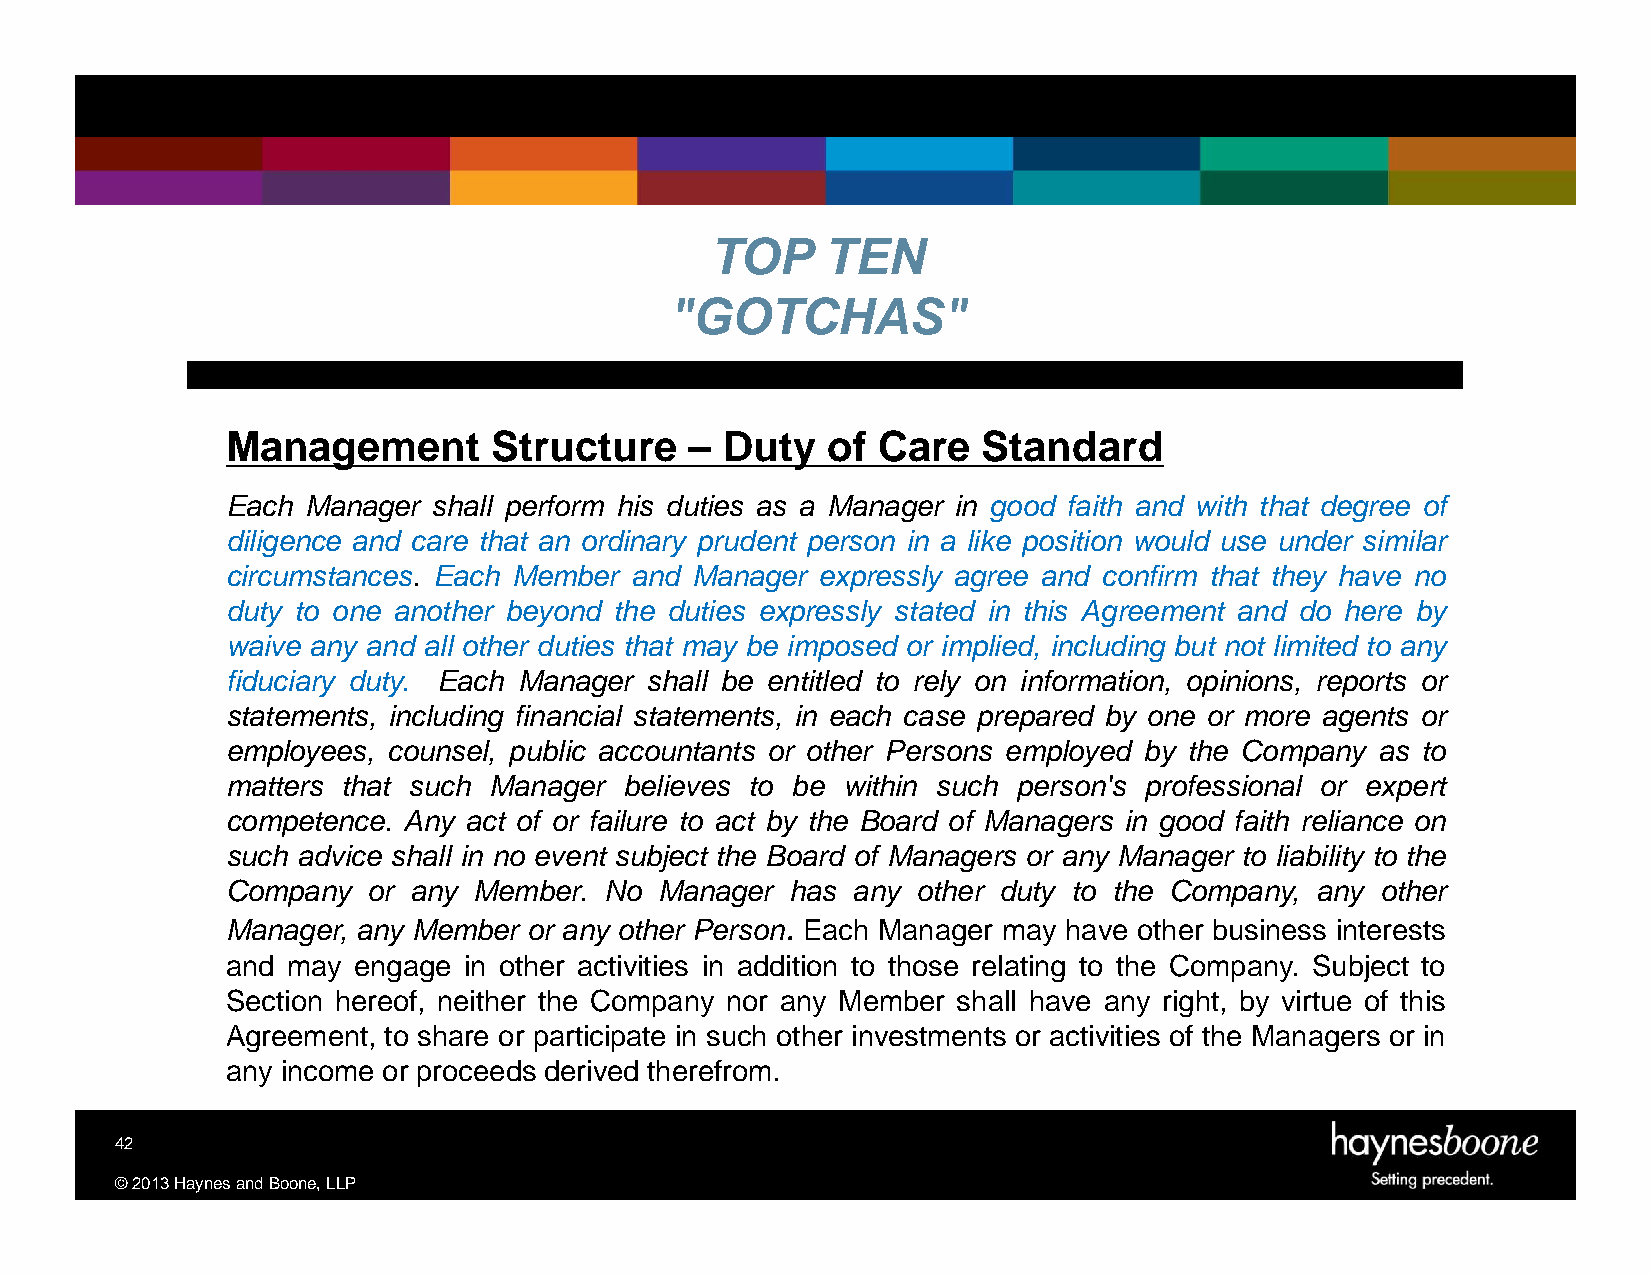
TOP     TEN
 "GOTCHAS"
 Management        Structure    – Duty   of Care   Standard
 Each Manager  shall perform his duties as a Manager in good faith and with that degree of
 diligence and care that an ordinary prudent person in a like position would use under similar
 circumstances. Each Member and Manager expressly agree and confirm that they have no
 duty to one another beyond the duties expressly stated in this Agreement and do here by
 waive any and all other duties that may be imposed or implied, including but not limited to any
 fiduciary duty. Each Manager shall be entitled to rely on information, opinions, reports or
 statements, including financial statements, in each case prepared by one or more agents or
 employees, counsel, public accountants or other Persons employed by the Company as to
 matters that such Manager believes to be within such person's professional or expert
 competence. Any act of or failure to act by the Board of Managers in good faith reliance on
 such advice shall in no event subject the Board of Managers or any Manager to liability to the
 Company  or any Member.  No  Manager has any  other duty to the Company, any other
 Manager, any Member or any other Person. Each Manager may have other business interests
 and may engage  in other activities in addition to those relating to the Company. Subject to
 Section hereof, neither the Company nor any Member shall have any right, by virtue of this
 Agreement, to share or participate in such other investments or activities of the Managers or in
 any income or proceeds derived therefrom.
 42
 ©2013HaynesandBoone,LLP